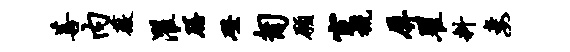
菩内薇濯膳磴匍愿宦概屏瞿料妻